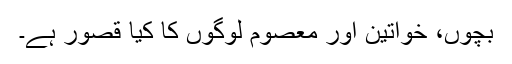
بچوں، خواتین اور معصوم لوگوں کا کیا قصور ہے۔